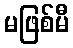
မဖြစ်မီ